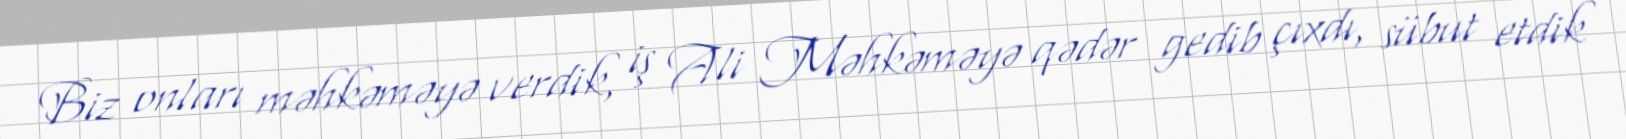
Biz onları məhkəməyə verdik, iş Ali Məhkəməyə qədər gedib çıxdı, sübut etdik